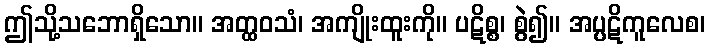
ဤသို့သဘောရှိသော။ အတ္ထဝသံ၊ အကျိုးထူးကို။ ပဋိစ္စ၊ စွဲ၍။ အပ္ပဋိကူလေစ၊